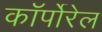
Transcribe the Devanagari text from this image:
कॉर्पोरेल